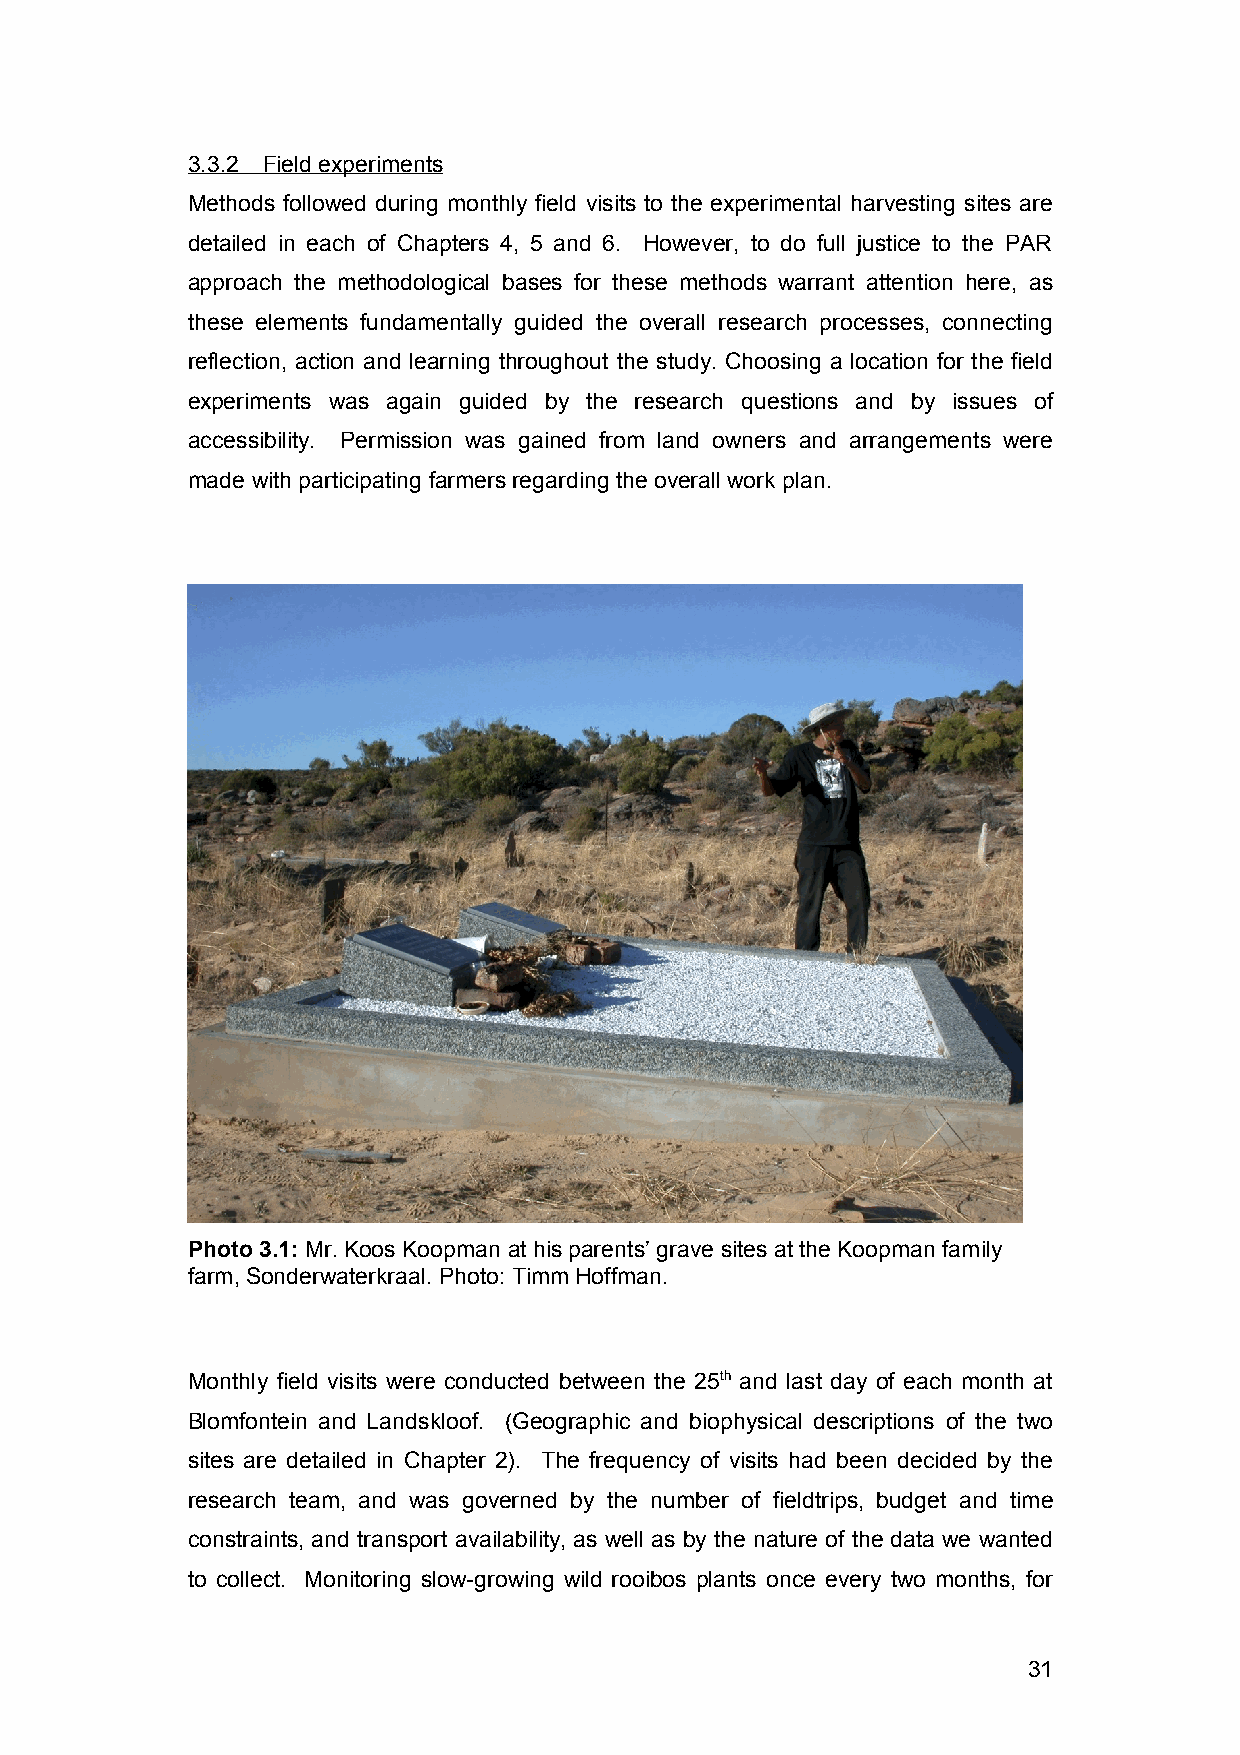
3.3.2 Field experiments
 Methods followed during monthly field visits to the experimental harvesting sites are
 detailed in each of Chapters 4, 5 and 6. However, to do full justice to the PAR
 approach the methodological bases for these methods warrant attention here, as
 these elements fundamentally guided the overall research processes, connecting
 reflection, action and learning throughout the study. Choosing a location for the field
 experiments was again guided by the research questions and by issues of
 accessibility. Permission was gained from land owners and arrangements were
 made with participating farmers regarding the overall work plan.
 Photo 3.1: Mr. Koos Koopman at his parents’ grave sites at the Koopman family
 farm, Sonderwaterkraal. Photo: Timm Hoffman.
 Monthly field visits were conducted between the 25th and last day of each month at
 Blomfontein and Landskloof. (Geographic and biophysical descriptions of the two
 sites are detailed in Chapter 2). The frequency of visits had been decided by the
 research team, and was governed by the number of fieldtrips, budget and time
 constraints, and transport availability, as well as by the nature of the data we wanted
 to collect. Monitoring slow-growing wild rooibos plants once every two months, for
 31